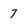
Character: 7